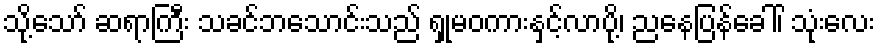
သို့သော် ဆရာကြီး သခင်ဘသောင်းသည် ရှုမဝကားနှင့်လာပို့၊ ညနေပြန်ခေါ်၊ သုံးလေး